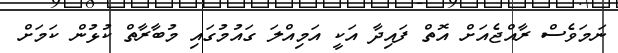
ނަމަވެސް ރާއްޖެއަށް އޮތް ފައިދާ އަކީ އަމިއްލަ ގައުމުގައި މުބާރާތް ކުޅުން ކަމަށް